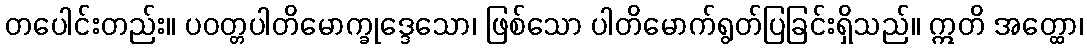
တပေါင်းတည်း။ ပဝတ္တပါတိမောက္ခုဒ္ဒေသော၊ ဖြစ်သော ပါတိမောက်ရွတ်ပြခြင်းရှိသည်။ ဣတိ အတ္ထော၊